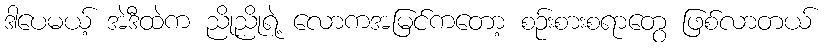
ဒါပေမယ့် အဲဒီထဲက ညိုညိုရဲ့ လောကအမြင်ကတော့ စဉ်းစားစရာတွေ ဖြစ်လာတယ်